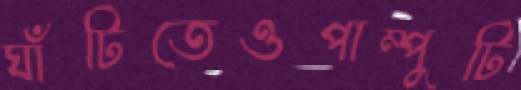
ঘাঁটিতেওপাম্পুটি